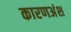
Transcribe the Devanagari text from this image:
कारणअंश